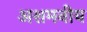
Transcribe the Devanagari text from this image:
अशमनीय